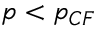
p < p _ { C F }